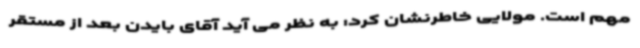
مهم است. مولایی خاطرنشان کرد: به نظر می آید آقای بایدن بعد از مستقر